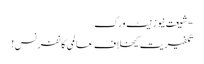
- شیعت نیوز نیٹ ورک
تکفیریت کیخلاف عالمی کانفرنس!